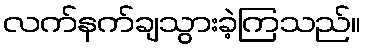
လက်နက်ချသွားခဲ့ကြသည်။